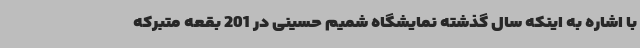
با اشاره به اینکه سال گذشته نمایشگاه شمیم حسینی در 201 بقعه متبرکه